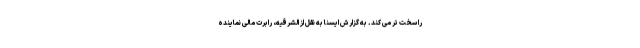
را سخت تر می کند. به گزارش ایسنا به نقل از الشرقیه، رابرت مالی نماینده